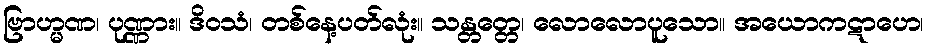
ဗြာဟ္မဏ၊ ပုဏ္ဏား။ ဒိဝသံ၊ တစ်နေ့ပတ်လုံး။ သန္တတ္တေ၊ လောလောပူသော။ အယောကဋာဟေ၊